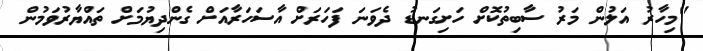
"މިހާރު އަލުން މަރު ސާބިތުކޮށް ހަށިގަނޑު ދެވަނަ ފަހަރަށް އާސަހަރާއަށް ގެންދިޔުމަށް ތައްޔާރުވަމުން